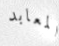
المعابد